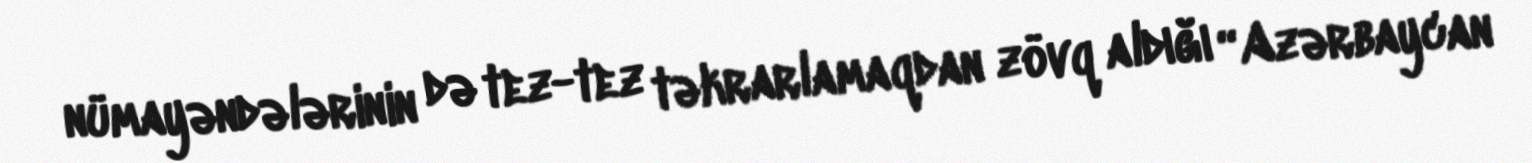
nümayəndələrinin də tez-tez təkrarlamaqdan zövq aldığı “Azərbaycan